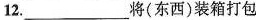
12.___将(东西)装箱打包